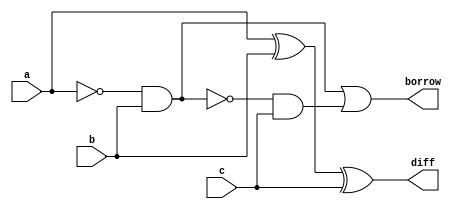
module full_sub(
  input a,
  input b,
  input c,
  output reg diff,borrow
);

reg diff1;
reg borrow1;
reg borrow2;

always @(a or b or c) begin
   diff1=a^b;
   borrow1=~a&b;
   diff=diff1^c;
   borrow2=~borrow1&c;
   borrow=borrow1 | borrow2;
end 

endmodule